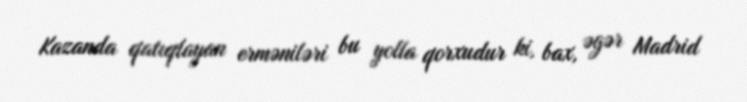
Kazanda qatıqlayan erməniləri bu yolla qorxudur ki, bax, əgər Madrid